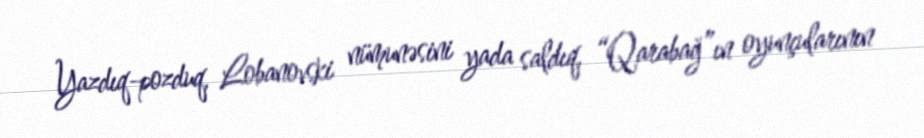
Yazdıq-pozduq, Lobanovski nümunəsini yada saldıq, “Qarabağ”ın oyunçularının